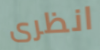
انظرى